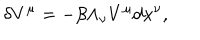
LaTeX: \delta V ^ { \mu } = - \beta \Lambda _ { \nu } V ^ { \mu } d x ^ { \nu } ,